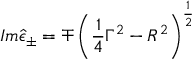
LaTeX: I m \hat { \epsilon } _ { \pm } = \mp \left( \frac 1 4 \Gamma ^ { 2 } - R ^ { 2 } \right) ^ { \frac 1 2 }